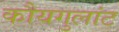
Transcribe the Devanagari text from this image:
कौयगुलांट